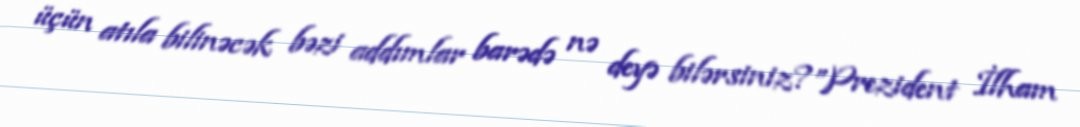
üçün atıla bilinəcək bəzi addımlar barədə nə deyə bilərsiniz?”Prezident İlham